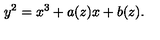
y ^ { 2 } = x ^ { 3 } + a ( z ) x + b ( z ) .